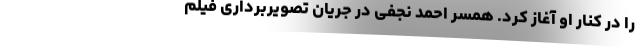
را در کنار او آغاز کرد. همسر احمد نجفی در جریان تصویربرداری فیلم